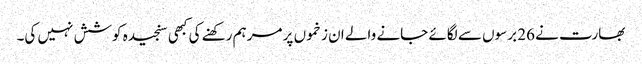
بھارت نے 26 برسوں سے لگائے جانے والے ان زخموں پر مرہم رکھنے کی کبھی سنجیدہ کوشش نہیں کی۔